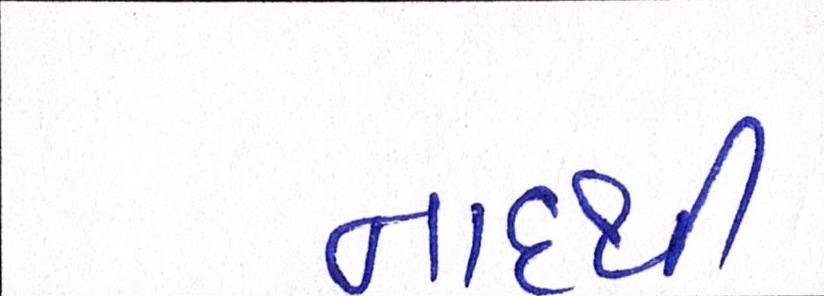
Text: નાદથી